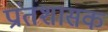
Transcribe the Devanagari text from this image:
प्रांतशासक